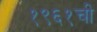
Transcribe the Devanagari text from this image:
१९६१ची